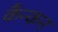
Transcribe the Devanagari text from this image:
कैन्कन